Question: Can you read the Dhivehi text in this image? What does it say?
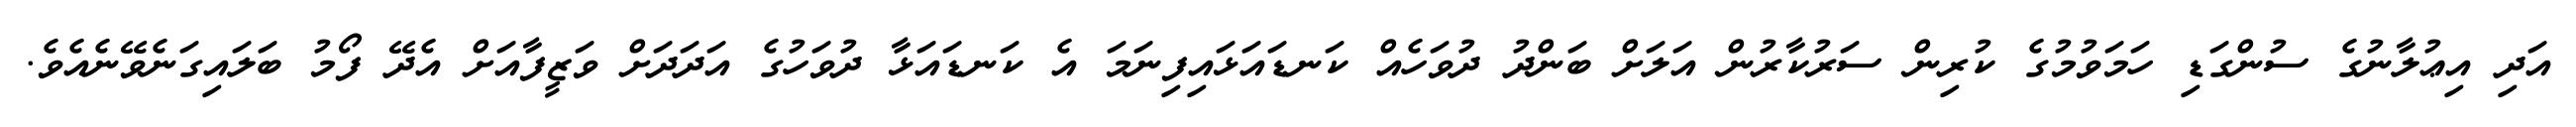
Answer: އަދި އިޢުލާނުގެ ސުންގަޑި ހަމަވުމުގެ ކުރިން ސަރުކާރުން އަލަށް ބަންދު ދުވަހެއް ކަނޑައަޅައިފިނަމަ އެ ކަނޑައަޅާ ދުވަހުގެ އަދަދަށް ވަޒީފާއަށް އެދޭ ފޯމު ބަލައިގަނެވޭނެއެވެ.